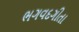
ભગવદગીતા